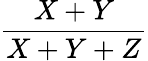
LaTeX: \frac{X+Y}{X+Y+Z}